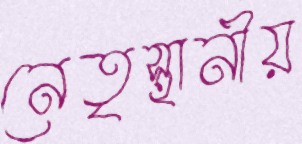
নেতৃস্থানীয়